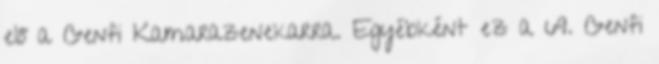
elő a Genfi Kamarazenekarra. Egyébként ez a 69. Genfi